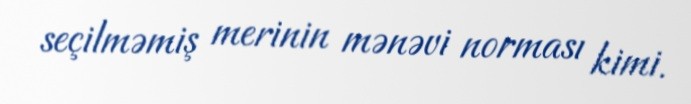
seçilməmiş merinin mənəvi norması kimi.